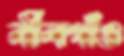
নীলগাঁও